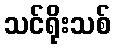
သင်ရိုးသစ်